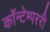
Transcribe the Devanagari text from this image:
कॉन्टेम्पररी